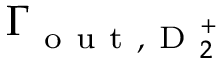
\Gamma _ { \mathrm { ~ o ~ u ~ t ~ } , \mathrm { ~ D ~ } _ { 2 } ^ { + } }